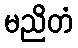
မညိတံ